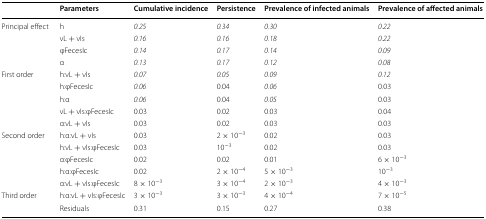
|  | Parameters | Cumulative incidence | Persistence | Prevalence of infected animals | Prevalence of affected animals |
 | --- | --- | --- | --- | --- | --- |
 | <ROWSPAN=4> Principal effect | h | 0.25 | 0.34 | 0.30 | 0.22 |
 | νL + νIs | 0.16 | 0.16 | 0.18 | 0.22 |
 | φFecesIc | 0.14 | 0.17 | 0.14 | 0.09 |
 | α | 0.13 | 0.17 | 0.12 | 0.08 |
 | <ROWSPAN=5> First order | h:νL + νIs | 0.07 | 0.05 | 0.09 | 0.12 |
 | h:φFecesIc | 0.06 | 0.04 | 0.06 | 0.03 |
 | h:α | 0.06 | 0.04 | 0.05 | 0.03 |
 | νL + νIs:φFecesIc | 0.03 | 0.02 | 0.03 | 0.04 |
 | α:νL + νIs | 0.03 | 0.02 | 0.03 | 0.03 |
 | <ROWSPAN=5> Second order | h:α:νL + νIs | 0.03 | 2 × 10−3 | 0.02 | 0.03 |
 | h:νL + νIs:φFecesIc | 0.03 | 10−3 | 0.02 | 0.03 |
 | α:φFecesIc | 0.02 | 0.02 | 0.01 | 6 × 10−3 |
 | h:α:φFecesIc | 0.02 | 2 × 10−4 | 5 × 10−3 | 10−3 |
 | α:νL + νIs:φFecesIc | 8 × 10−3 | 3 × 10−4 | 2 × 10−3 | 4 × 10−3 |
 | Third order | h:α:νL + νIs:φFecesIc | 3 × 10−3 | 3 × 10−3 | 4 × 10−4 | 7 × 10−5 |
 |  | Residuals | 0.31 | 0.15 | 0.27 | 0.38 |